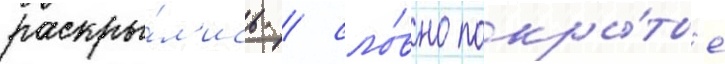
раскры́л'ись / сло́вно покры́тые